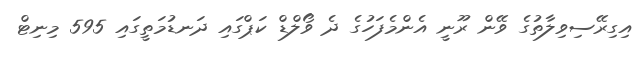
އިގިރޭސިވިލާތުގެ ވޭން ރޫނީ އެންމެފަހުގެ ދެ ވޯލްޑް ކަޕްގައި ދަނޑުމަތީގައި 595 މިނިޓް